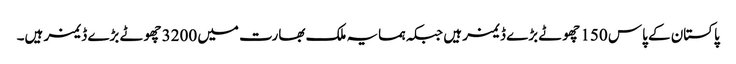
پاکستان کے پاس 150 چھوٹے بڑے ڈیمز ہیں جبکہ ہمسایہ ملک بھارت میں 3200 چھوٹے بڑے ڈیمز ہیں۔